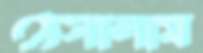
ঠেসালাম